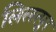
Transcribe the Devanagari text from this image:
लिलत्पुर